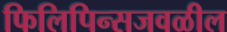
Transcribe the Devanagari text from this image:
फिलिपिन्सजवळील